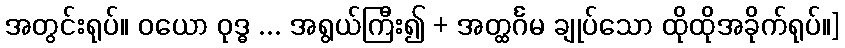
အတွင်းရုပ်။ ဝယော ဝုဒ္ဓ ... အရွယ်ကြီး၍ + အတ္ထင်္ဂမ ချုပ်သော ထိုထိုအခိုက်ရုပ်။]